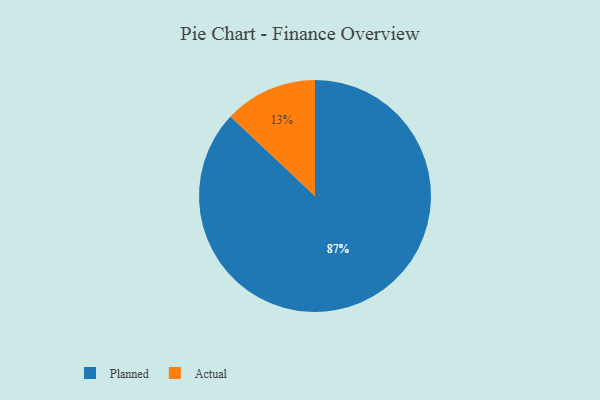
{"axis": {"x": "Category", "y": "Percentage"}, "legend": ["Actual", "Planned"], "data": [{"x": "Planned", "y": 87, "type": "Planned"}, {"x": "Actual", "y": 13, "type": "Actual"}]}